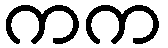
ကက